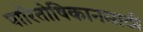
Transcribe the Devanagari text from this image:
पारितोषिकानसाठी